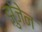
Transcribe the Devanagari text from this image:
झुंजेन